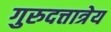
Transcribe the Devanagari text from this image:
गुरुदत्तात्रेय